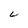
Character: C